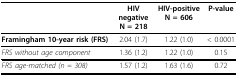
|  | HIV negativeN = 218 | HIV-positiveN = 606 | P-value |
 | --- | --- | --- | --- |
 | Framingham 10-year risk (FRS) | 2.04 (1.7) | 1.22 (1.0) | < 0.0001 |
 | FRS without age component | 1.36 (1.2) | 1.22 (1.0) | 0.15 |
 | FRS age-matched (n = 308) | 1.57 (1.2) | 1.63 (1.6) | 0.72 |